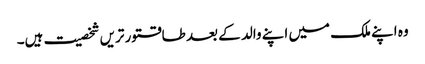
وہ اپنے ملک میں اپنے والد کے بعد طاقتور تریں شخصیت ہیں۔